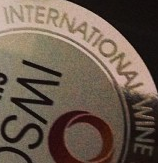
INTERNATIONAL WINE